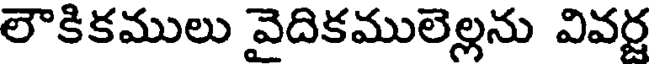
లౌకికములు వైదికములెల్లను వివర్జ